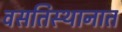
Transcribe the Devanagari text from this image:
वसतिस्थानात